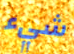
شيء